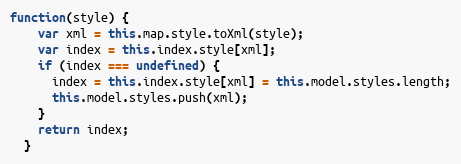
Language: JavaScript
function(style) {
    var xml = this.map.style.toXml(style);
    var index = this.index.style[xml];
    if (index === undefined) {
      index = this.index.style[xml] = this.model.styles.length;
      this.model.styles.push(xml);
    }
    return index;
  }